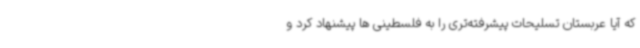
که آیا عربستان تسلیحات پیشرفته‌تری را به فلسطینی ها پیشنهاد کرد و